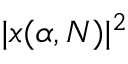
| x ( \alpha , N ) | ^ { 2 }